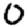
Digit: 0